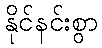
နိုင်နင်းစွာ